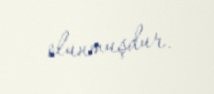
olunmuşdur.